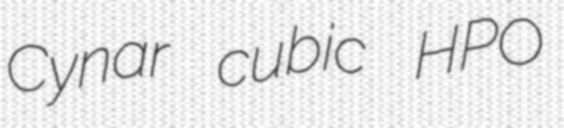
Cynar cubic HPO